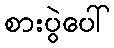
စားပွဲပေါ်